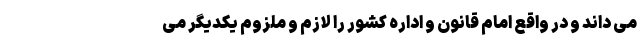
می داند و در واقع امام قانون و اداره کشور را لازم و ملزوم یکدیگر می